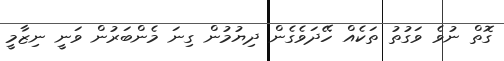
ގޮތް ނުވެ ވަގުތު ތަކެއް ހޭދަވެގެން ދިޔުމުން ގިނަ މެންބަރުން ވަނީ ނިޒާމީ